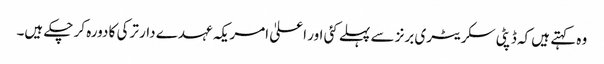
وہ کہتے ہیں کہ ڈپٹی سکریٹری برنز سے پہلے کئی اور اعلیٰ امریکہ عہدے دار ترکی کا دورہ کر چکے ہیں۔